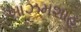
આઝમશાહ